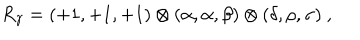
LaTeX: R _ { \gamma } = ( + 1 , + 1 , + 1 ) \otimes ( \alpha , \alpha , \beta ) \otimes ( \delta , \rho , \sigma ) ~ , ~ \,